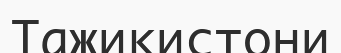
Тажикистони